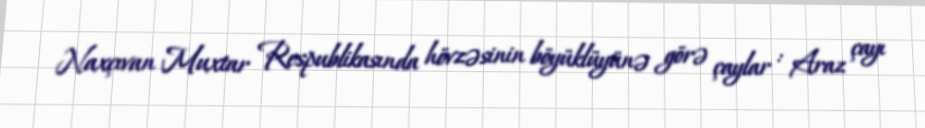
Naxçıvan Muxtar Respublikasında hövzəsinin böyüklüyünə görə çaylar : Araz çayı